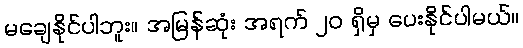
မချေနိုင်ပါဘူး။ အမြန်ဆုံး အရက် ၂၀ ရှိမှ ပေးနိုင်ပါမယ်။